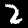
Label: 2